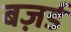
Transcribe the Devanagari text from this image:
बज़र्ड